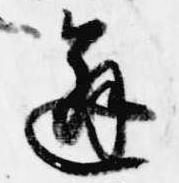
邂